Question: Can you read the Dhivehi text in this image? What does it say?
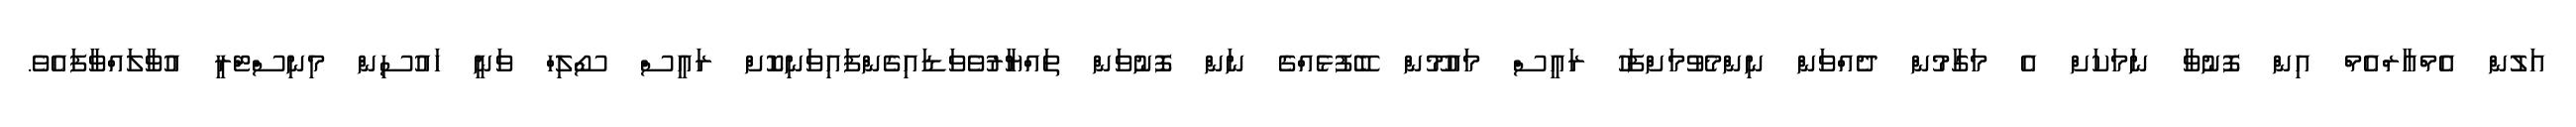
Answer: އަލުން އެމްއާރްއެމް އިން ފޮނުވާ ނަމަކަށް އެ މަގާމުން ދެއްވަން ނިންމެވުމަށްފަހު ރައީސް މައުމޫން ބޭފުޅެއްގެ ނަން ފޮނުވަން ތައްޔާރުވެވަޑައިގެންފައިވަނިކޮށް ރައީސް ސޯލިހް ވަނީ ހައުސިން މިނިސްޓްރީ އުވާލައްވާފައެވެ.